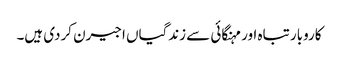
کاروبار تباہ اور مہنگائی سے زندگیاں اجیرن کردی ہیں۔